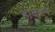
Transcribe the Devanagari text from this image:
हादरून